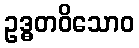
ဥဒ္ဓတဝိသောဝ